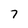
Character: 7